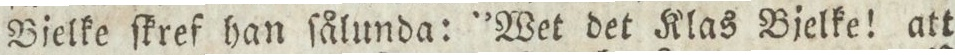
Bielke ſkref han ſålunda: ”Wet det Klas Bjelke! att